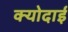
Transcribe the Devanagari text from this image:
क्योदाई